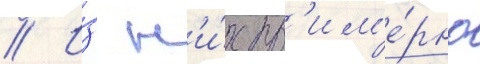
// И́з н'и́х пр'им'е́рно